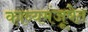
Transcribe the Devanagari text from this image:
काव्यमंजूषेत